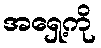
အရှေ့ကို